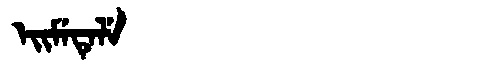
Manchu: ᡝᡳᠮᡝᡨᡝᠯᡝ
Romanization: EIMETELE